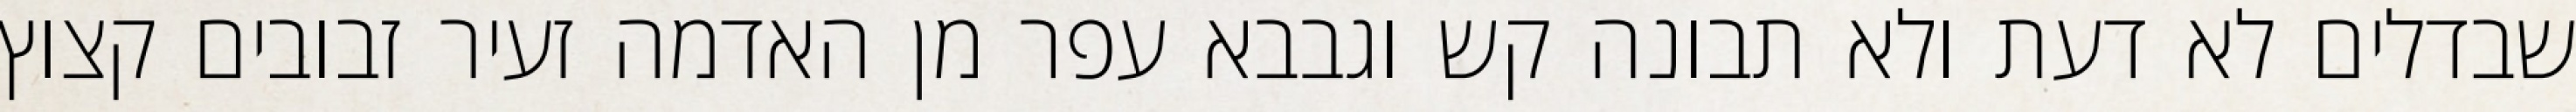
שבדלים לא דעת ולא תבונה קש וגבבא עפר מן האדמה זעיר זבובים קצוץ